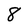
Character: 8